Some observations on the poison of Russell's viper (Daboia russellii) - Number 3
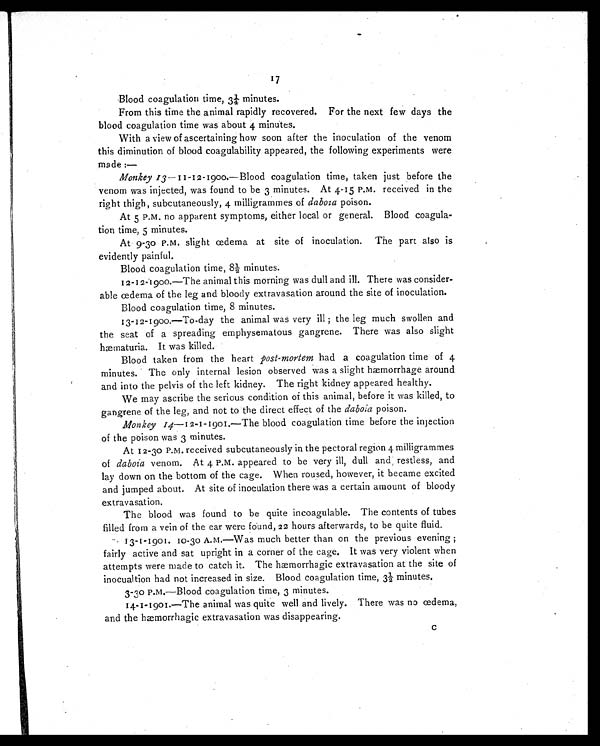
17
Blood coagulation time, 3¼ minutes.
From this time the animal rapidly recovered. For the next few days the
blood coagulation time was about 4 minutes.
With a view of ascertaining how soon after the inoculation of the venom
this diminution of blood coagulability appeared, the following experiments were
made :
—
Monkey 13—11-12-1900.—Blood coagulation time, taken just before the
venom was injected, was found to be 3 minutes. At 4.15 P.M. received in the
right thigh, subcutaneously, 4 milligrammes of daboia poison.
At 5 P.M. no apparent symptoms, either local or general. Blood coagula-
tion time, 5 minutes.
At 9.30 P.M. slight œdema at site of inoculation. The part also is
evidently painful.
Blood coagulation time, 8½ minutes.
12-12-1900.—The animal this morning was dull and ill. There was consider-
able œdema of the leg and bloody extravasation around the site of inoculation.
Blood coagulation time, 8 minutes.
13-12-1900.—To-day the animal was very ill ; the leg much swollen and
the seat of a spreading emphysematous gangrene. There was also slight
hæmaturia. It was killed.
Blood taken from the heart post-mortem had a coagulation time of 4
minutes. The only internal lesion observed was a slight hæmorrhage around
and into the pelvis of the left kidney. The right kidney appeared healthy.
We may ascribe the serious condition of this animal, before it was killed, to
gangrene of the leg, and not to the direct effect of the daboia poison.
Monkey 14—12-1-1901.— The blood coagulation time before the injection
of the poison was 3 minutes.
At 12.30 P.M. received subcutaneously in the pectoral region 4 milligrammes
of daboia venom. At 4 P.M. appeared to be very ill, dull and restless, and
lay down on the bottom of the cage. When roused, however, it became excited
and jumped about. At site of inoculation there was a certain amount of bloody
extravasation.
The blood was found to be quite incoagulable. The contents of tubes
filled from a vein of the ear were found, 22 hours afterwards, to be quite fluid.
13-1-1901. 10.30 A.M.—Was much better than on the previous evening ;
fairly active and sat upright in a corner of the cage. It was very violent when
attempts were made to catch it. The hæmorrhagic extravasation at the site of
inocualtion had not increased in size. Blood coagulation time, 3½ minutes.
3.30 p.m.—Blood coagulation time, 3 minutes.
14-1-1901.—The animal was quite well and lively. There was no œdema,
and the hæmorrhagic extravasation was disappearing.